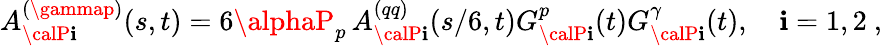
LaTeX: A_{{\calP}\mathbf{i}}^{(\gammap)}(s,t)=6\alphaP_{p}\, A_{{\calP}\mathbf{i}}^{(qq)}(s/6,t)G_{{\calP}\mathbf{i}}^{p}(t)G_{{\calP}\mathbf{i}}^{\gamma}(t),\quad\mathbf{i}=1,2\ ,